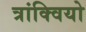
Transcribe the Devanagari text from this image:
त्रांक्वियो